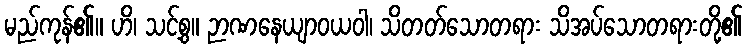
မည်ကုန်၏။ ဟိ၊ သင့်စွ။ ဉာဏနေယျာဝယဝါ၊ သိတတ်သောတရား သိအပ်သောတရားတို့၏